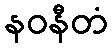
နဝနီတံ